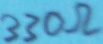
Text: 330Ω